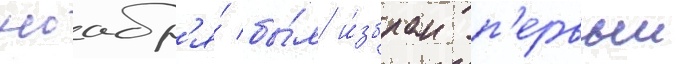
ноабр'я́ бы́л и́збран п'ервыи